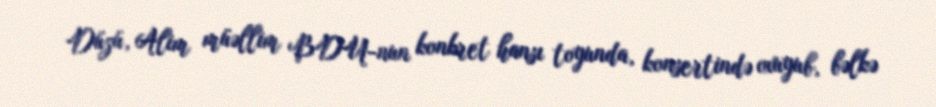
Düzü, Alim müəllim BDU-nun konkret hansı toyunda, konsertində oxuyub, bəlkə